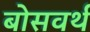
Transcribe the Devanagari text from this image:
बोसवर्थ